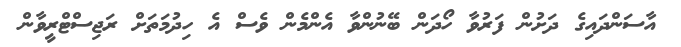
އާސަންދައިގެ ދަށުން ފަރުވާ ހޯދަން ބޭނުންވާ އެންމެން ވެސް އެ ހިދުމަތަށް ރަޖިސްޓްރީވާން